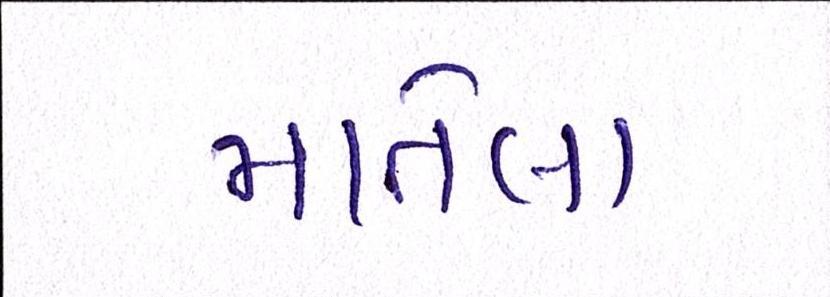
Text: માતેલા